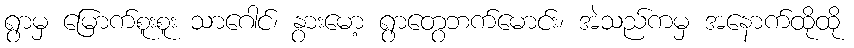
ရွာမှ မြောက်စူးစူး သာဂေါင်၊ နွားမော့ ရွာတွေဘက်မောင်း၊ အဲသည်ကမှ အနောက်ထိုထို